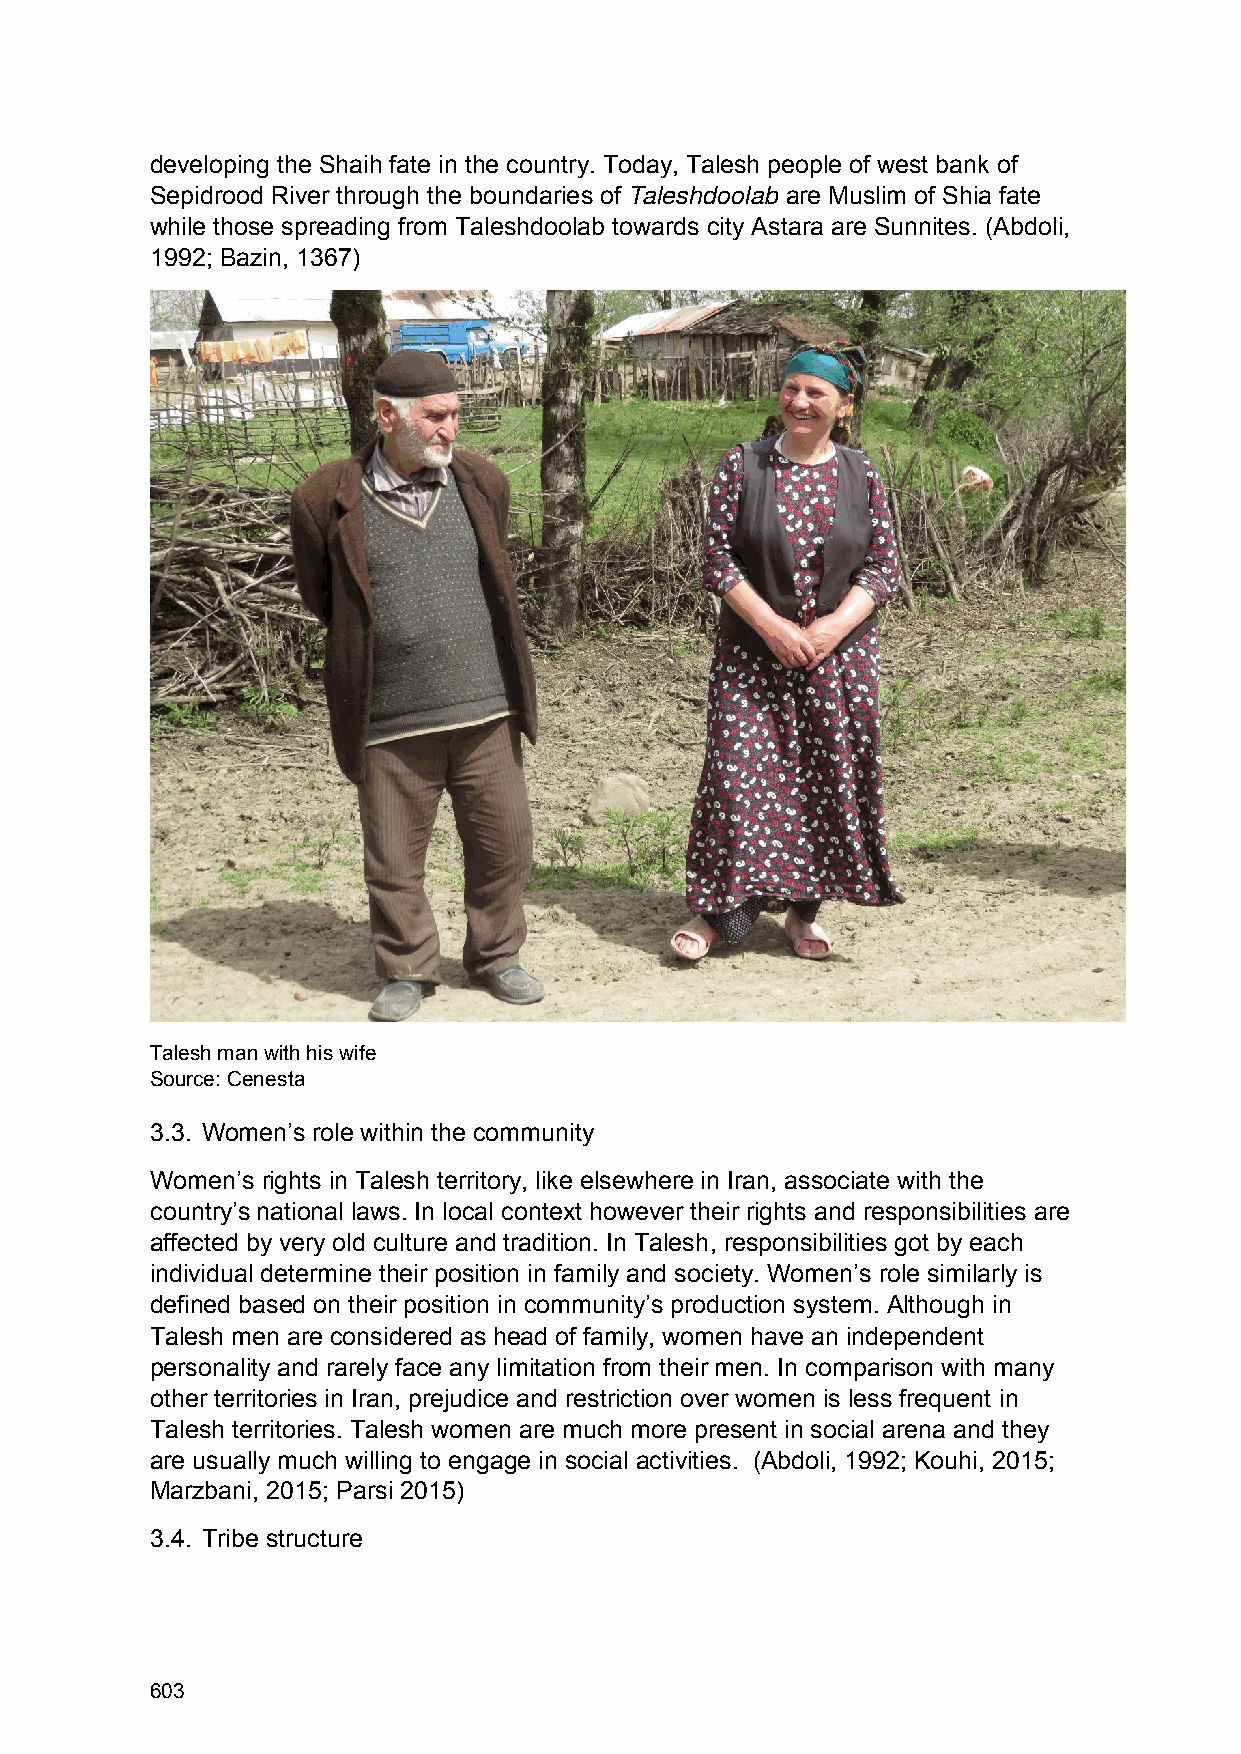
developing the Shaih fate in the country. Today, Talesh people of west bank of
 Sepidrood River through the boundaries of Taleshdoolab are Muslim of Shia fate
 while those spreading from Taleshdoolab towards city Astara are Sunnites. (Abdoli,
 1992; Bazin, 1367)
 Talesh man with his wife
 Source: Cenesta
 3.3. Women’s role within the community
 Women’s rights in Talesh territory, like elsewhere in Iran, associate with the
 country’s national laws. In local context however their rights and responsibilities are
 affected by very old culture and tradition. In Talesh, responsibilities got by each
 individual determine their position in family and society. Women’s role similarly is
 defined based on their position in community’s production system. Although in
 Talesh men are considered as head of family, women have an independent
 personality and rarely face any limitation from their men. In comparison with many
 other territories in Iran, prejudice and restriction over women is less frequent in
 Talesh territories. Talesh women are much more present in social arena and they
 are usually much willing to engage in social activities. (Abdoli, 1992; Kouhi, 2015;
 Marzbani, 2015; Parsi 2015)
 3.4. Tribe structure
 603